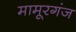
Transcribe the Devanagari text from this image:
मामूरगंज